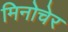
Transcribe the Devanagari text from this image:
मिनोचेर